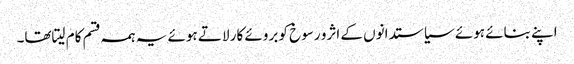
اپنے بنائے ہوئے سیاستدانوں کے اثرو رسوخ کو بروئے کار لاتے ہوئے یہ ہمہ قسم کام لیتاتھا۔